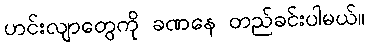
ဟင်းလျာတွေကို ခဏနေ တည်ခင်းပါမယ်။